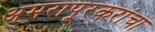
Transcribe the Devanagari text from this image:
अमरापूरकरांचा